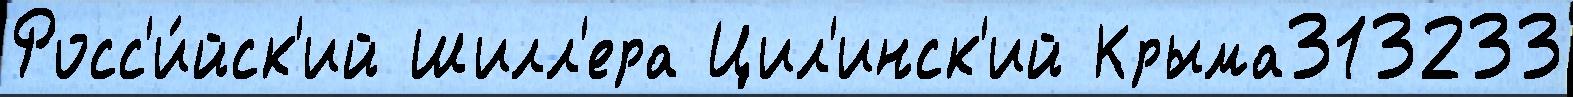
Росс'и́йск'ий Шилл'ера Цил'инск'ий Крыма313233